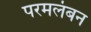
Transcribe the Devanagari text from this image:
परमलंबन